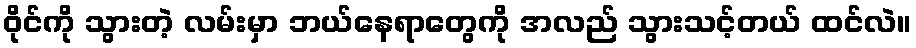
ဝိုင်ကို သွားတဲ့ လမ်းမှာ ဘယ်နေရာတွေကို အလည် သွားသင့်တယ် ထင်လဲ။